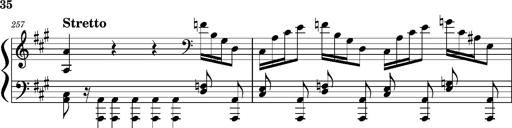
Title: Concerto sans orchestre, S.524a
Composer: Franz Liszt
Key: A major